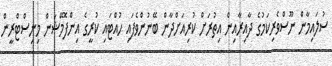
ސުލައިމާން ނޫސްވެރިކަމުގެ ދާއިރާއިން އިތުރަށް ކުރިއަށްދާން ބޭނުންވެފައި ހުއްޓައި ކުރީގެ އިންފޮމޭޝަން މިނިސްޓްރީން